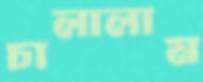
চালালাম